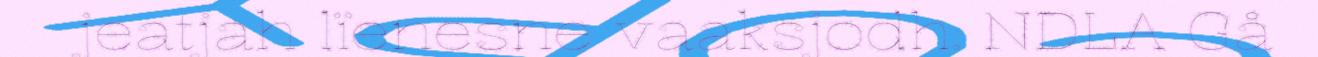
jeatjah lïenesne vaaksjodh. NDLA Gå